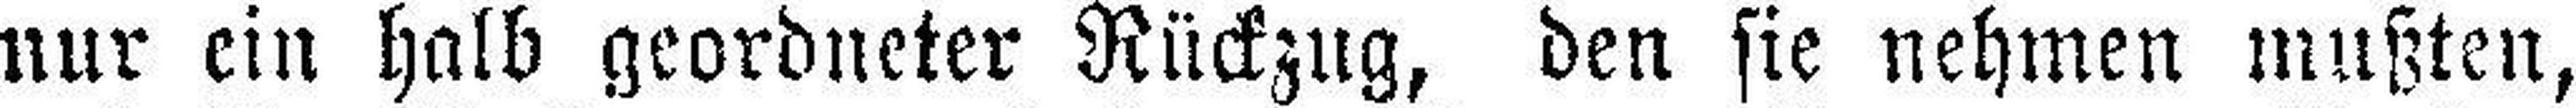
nur ein halb geordneter Rückzug, den sie nehmen mußten,